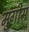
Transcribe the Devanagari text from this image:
मुंगीस